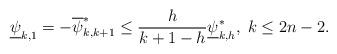
LaTeX: \begin{align*} \underline{\psi}_{k,1} = -\overline{\psi}_{k,k+1}^{\ast} \leq \frac{h}{k+1-h} \underline{\psi}_{k,h}^{\ast}, \; k\leq 2n-2. \end{align*}